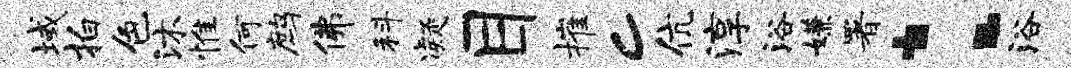
域拍色沐惟何鹧佛科凝目摧c伉淳浴嫌署：浴